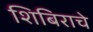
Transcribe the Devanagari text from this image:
शिबिराचे